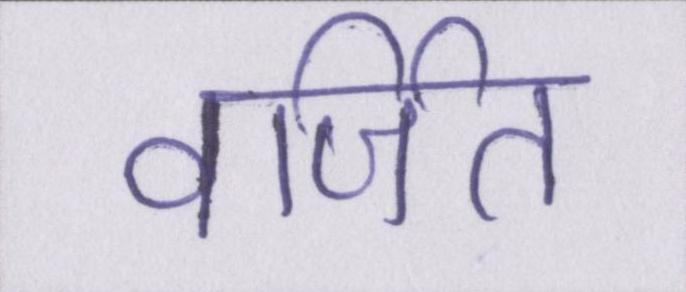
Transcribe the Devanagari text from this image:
वर्जित